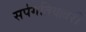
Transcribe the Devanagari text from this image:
सर्पगतिवल्लरी